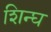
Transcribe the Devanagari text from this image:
शिन्घ